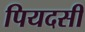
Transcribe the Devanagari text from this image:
पियदसी